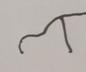
Signature authenticity: forged